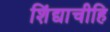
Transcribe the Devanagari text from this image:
शिंद्याचीहि